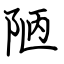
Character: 陋